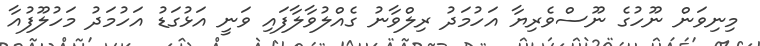
މިނިވަން ނޫހުގެ ނޫސްވެރިޔާ އަހުމަދު ރިލްވާނު ގެއްލުވާލާފައި ވަނީ އަޅުގަޑު އަހުމަދު މަހުލޫފުއާ